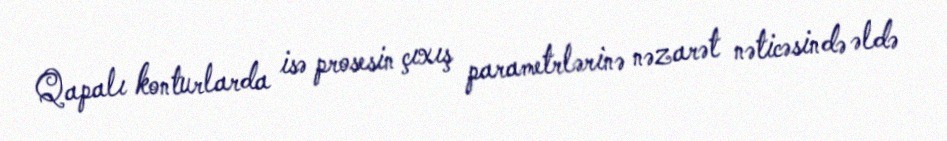
Qapalı konturlarda isə prosesin çıxış parametrlərinə nəzarət nəticəsində əldə